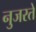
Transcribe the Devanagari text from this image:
नुजरते